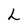
Character: L